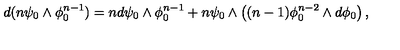
d ( n \psi _ { 0 } \wedge \phi _ { 0 } ^ { n - 1 } ) = n d \psi _ { 0 } \wedge \phi _ { 0 } ^ { n - 1 } + n \psi _ { 0 } \wedge \left( ( n - 1 ) \phi _ { 0 } ^ { n - 2 } \wedge d \phi _ { 0 } \right) ,